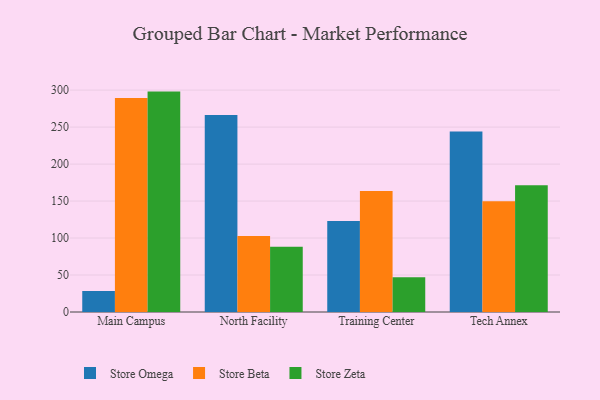
{"axis": {"x": "Campus", "y": "Population (Million)"}, "legend": ["Store Beta", "Store Omega", "Store Zeta"], "data": [{"x": "Main Campus", "y": 28.5, "type": "Store Omega"}, {"x": "Main Campus", "y": 289.4, "type": "Store Beta"}, {"x": "Main Campus", "y": 298.0, "type": "Store Zeta"}, {"x": "North Facility", "y": 266.3, "type": "Store Omega"}, {"x": "North Facility", "y": 102.7, "type": "Store Beta"}, {"x": "North Facility", "y": 88.3, "type": "Store Zeta"}, {"x": "Training Center", "y": 123.2, "type": "Store Omega"}, {"x": "Training Center", "y": 163.5, "type": "Store Beta"}, {"x": "Training Center", "y": 46.9, "type": "Store Zeta"}, {"x": "Tech Annex", "y": 244.1, "type": "Store Omega"}, {"x": "Tech Annex", "y": 149.6, "type": "Store Beta"}, {"x": "Tech Annex", "y": 171.5, "type": "Store Zeta"}]}